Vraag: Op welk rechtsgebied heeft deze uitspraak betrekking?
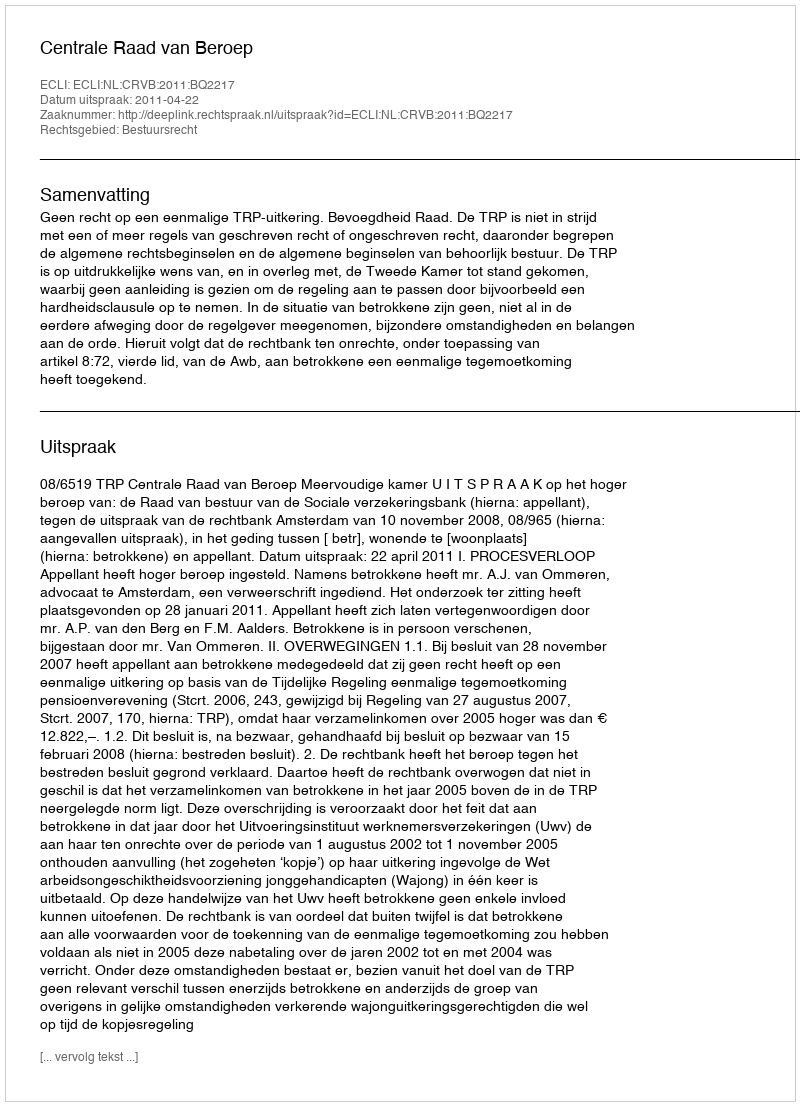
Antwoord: Bestuursrecht